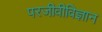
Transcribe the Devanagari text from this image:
परजीवीविज्ञान